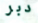
دبر